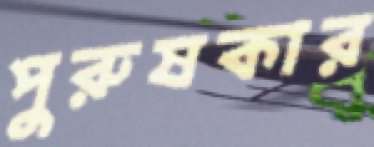
পুরুষকার